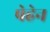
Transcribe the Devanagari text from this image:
पेहेन